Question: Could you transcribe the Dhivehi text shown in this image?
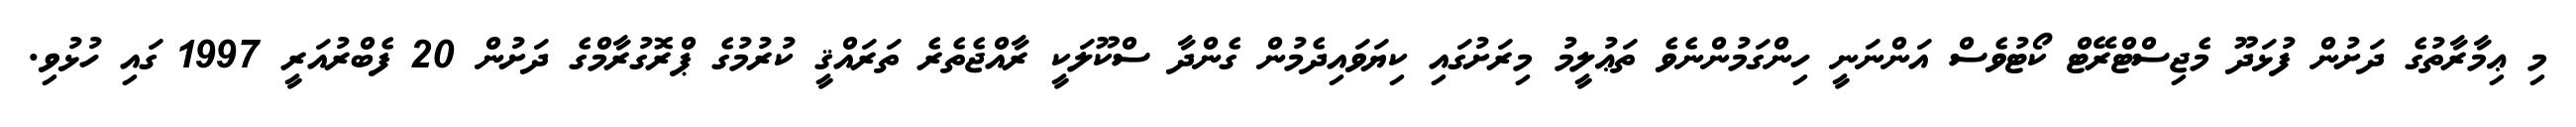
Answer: މި ޢިމާރާތުގެ ދަށުން ފުޅަދޫ މެޖިސްޓްރޭޓް ކޯޓުވެސް އަންނަނީ ހިންގަމުންނެވެ ތަޢުލީމު މިރަށުގައި ކިޔަވައިދެމުން ގެންދާ ސްކޫލަކީ ރާއްޖެތެރެ ތަރައްޤީ ކުރުމުގެ ޕްރޮގުރާމްގެ ދަށުން 20 ފެބްރުއަރީ 1997 ގައި ހުޅުވި.